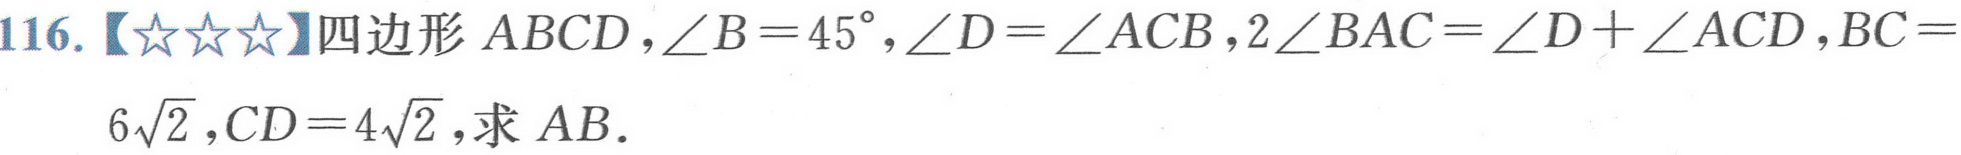
116.【★★★】四边形\(ABCD\)，\(\angle B = 45^{\circ}\)，\(\angle D=\angle ACB\)，\(2\angle BAC=\angle D+\angle ACD\)，\(BC =
6\sqrt{2}\)，\(CD = 4\sqrt{2}\)，求\(AB\).